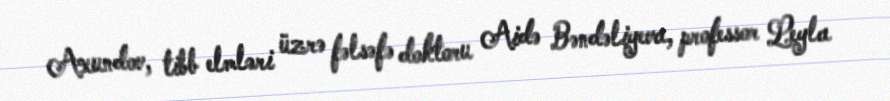
Axundov, tibb elmləri üzrə fəlsəfə doktoru Aidə Bəndəliyeva, professor Leyla